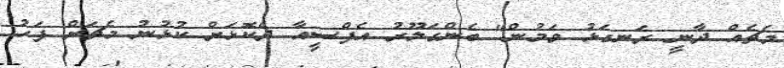
މެޗެއް ދާނީ ރަނގަޅު ވަމުން" ބެންގަލޫރު އެފްސީއާ ދެކޮޅަށް ކުޅުނު މެޗަށް ފަހު